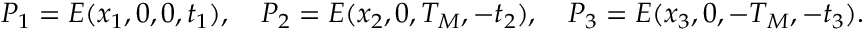
P _ { 1 } = E ( x _ { 1 } , 0 , 0 , t _ { 1 } ) , \quad P _ { 2 } = E ( x _ { 2 } , 0 , T _ { M } , - t _ { 2 } ) , \quad P _ { 3 } = E ( x _ { 3 } , 0 , - T _ { M } , - t _ { 3 } ) .